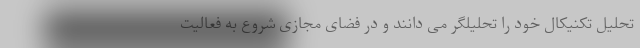
تحلیل تکنیکال خود را تحلیلگر می دانند و در فضای مجازی شروع به فعالیت